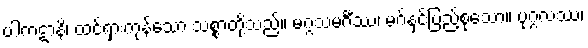
ပါကဋာနိ၊ ထင်ရှားကုန်သော သစ္စာတို့သည်။ မဂ္ဂသမင်္ဂီဿ၊ မဂ်နှင့်ပြည့်စုံသော။ ပုဂ္ဂလဿ၊